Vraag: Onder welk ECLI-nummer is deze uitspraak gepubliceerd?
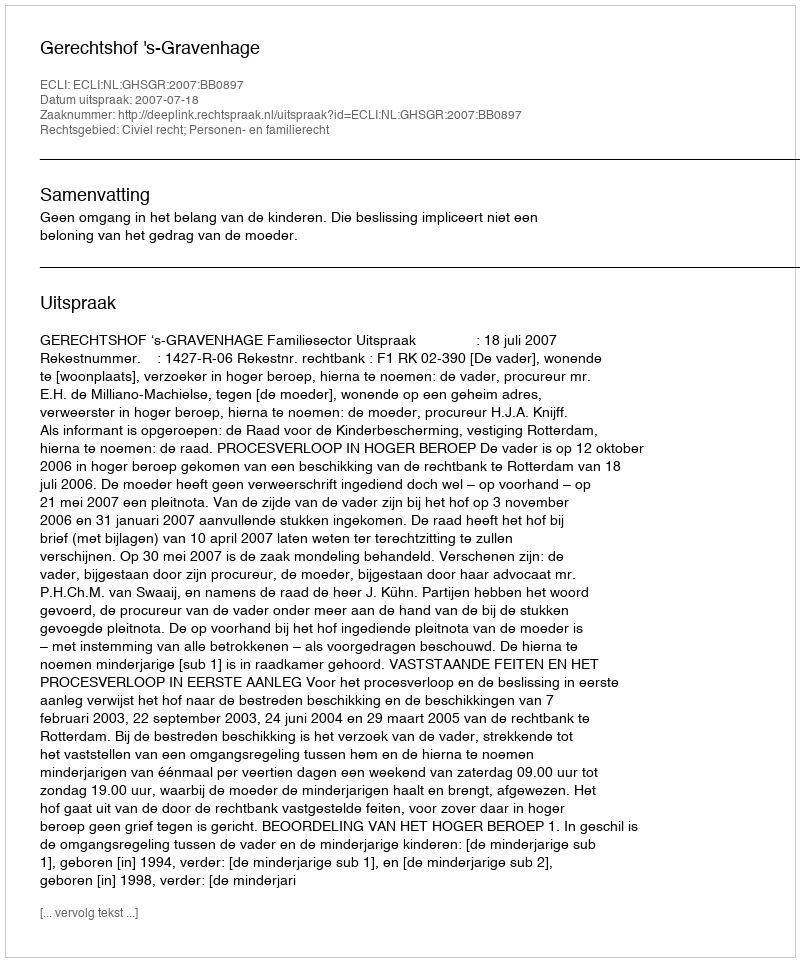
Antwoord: ECLI:NL:GHSGR:2007:BB0897